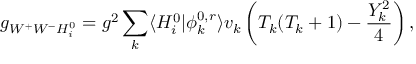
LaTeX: g _ { W ^ { + } W ^ { - } H _ { i } ^ { 0 } } = g ^ { 2 } \sum _ { k } \langle H _ { i } ^ { 0 } | \phi _ { k } ^ { 0 , r } \rangle v _ { k } \left( T _ { k } ( T _ { k } + 1 ) - \frac { Y _ { k } ^ { 2 } } { 4 } \right) ,